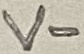
Text: V-